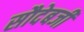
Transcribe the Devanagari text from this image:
सौदेबजी